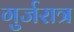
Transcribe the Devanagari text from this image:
गुर्जरात्र